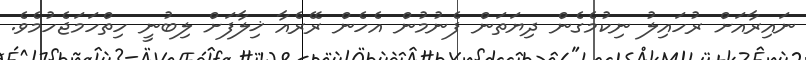
ނައިރާއަށް ރުހައިލު ނިކުމެގެން ދިޔަތަން ފެނުމުން އެހެން ރޭރެއާ ޚިލާފަށް ލިބުނީ ހިތްހަމަޖެހުމެވެ.